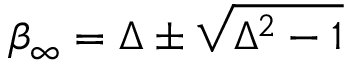
\beta _ { \infty } = \Delta \pm \sqrt { \Delta ^ { 2 } - 1 }